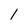
Character: 1